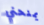
يمنحني